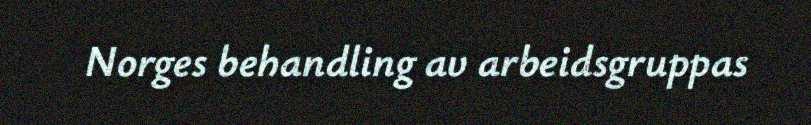
Norges behandling av arbeidsgruppas